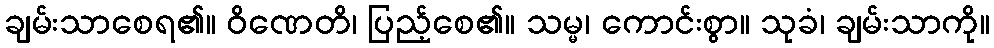
ချမ်းသာစေရ၏။ ဝိဏေတိ၊ ပြည့်စေ၏။ သမ္မ၊ ကောင်းစွာ။ သုခံ၊ ချမ်းသာကို။